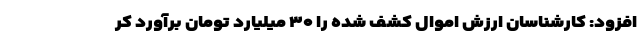
افزود: کارشناسان ارزش اموال کشف شده را ۳۰ میلیارد تومان برآورد کر